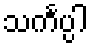
သင်္ကပ္ပါ